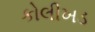
કોલીખડ